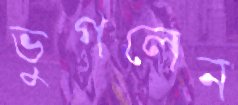
ভুগলেন